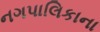
નગપાલિકાના